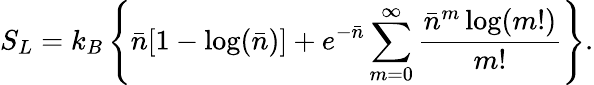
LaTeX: S_{L}=k_{B}\left\{ \bar{n}[1-\log(\bar{n})]+e^{-\bar{n}}\sum_{m=0}^{\infty}\frac{\bar{n}^{m}\log(m!)}{m!}\right\} .